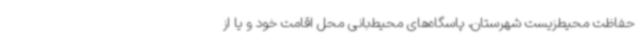
حفاظت محیط‌زیست شهرستان، پاسگاه‌های محیط‌بانی محل اقامت خود و یا از